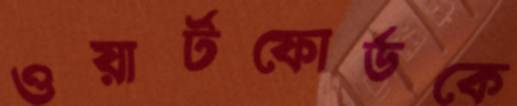
ওয়ার্টফোর্ডকে